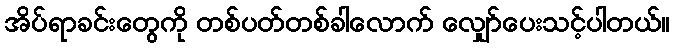
အိပ်ရာခင်းတွေကို တစ်ပတ်တစ်ခါလောက် လျှော်ပေးသင့်ပါတယ်။